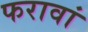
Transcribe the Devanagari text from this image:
फरावां